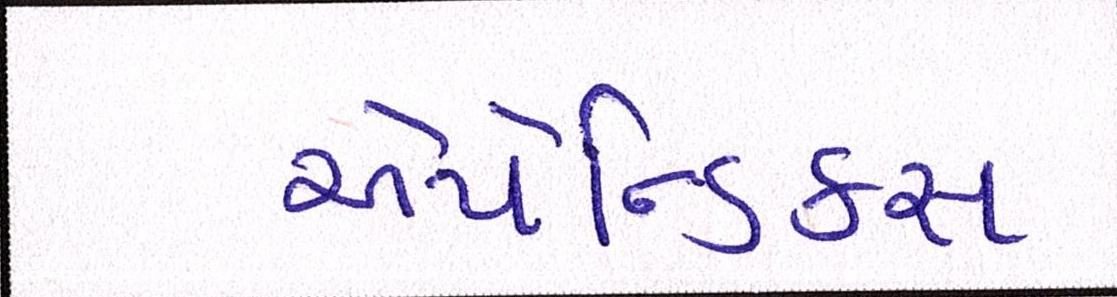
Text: એપેન્ડિક્સ